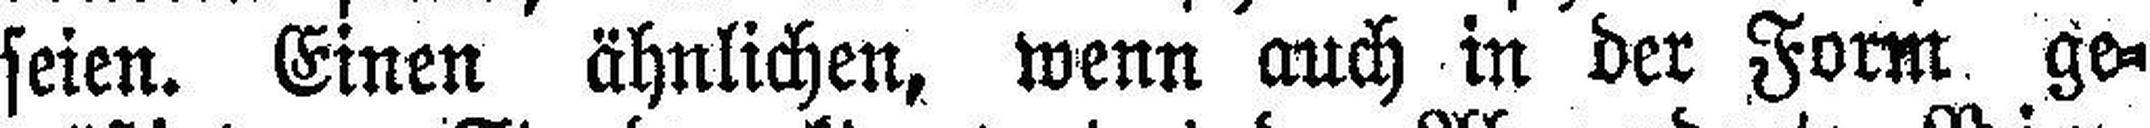
seien. Einen ähnlichen, wenn auch in der Form ge¬